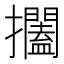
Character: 𱡐